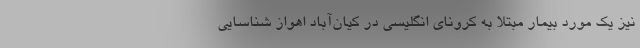
نیز یک مورد بیمار مبتلا به کرونای انگلیسی در کیان‌آباد اهواز شناسایی